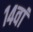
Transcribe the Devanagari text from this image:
१४वां